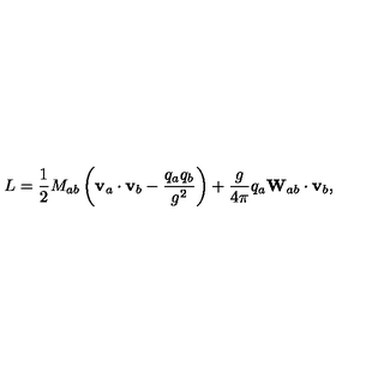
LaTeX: L = \frac { 1 } { 2 } M _ { a b } \left( { \bf v } _ { a } \cdot { \bf v } _ { b } - { \frac { q _ { a } q _ { b } } { g ^ { 2 } } } \right) + \frac { g } { 4 \pi } q _ { a } { \bf W } _ { a b } \cdot { \bf v } _ { b } ,